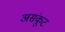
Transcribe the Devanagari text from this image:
असंकूट